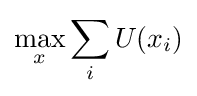
\max \limits _{x}\sum _{i}U(x_{i})